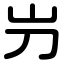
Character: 屶